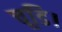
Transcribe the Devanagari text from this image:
चूडि।